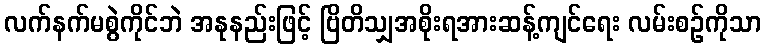
လက်နက်မစွဲကိုင်ဘဲ အနုနည်းဖြင့် ဗြိတိသျှအစိုးရအားဆန့်ကျင်ရေး လမ်းစဉ်ကိုသာ